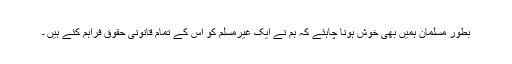
بطور مسلمان ہمیں بھی خوش ہونا چاہئے کہ ہم نے ایک غیرمسلم کو اس کے تمام قانونی حقوق فراہم کئے ہیں ۔